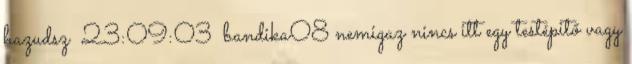
hazudsz 23:09:03 bandika08 nemigaz nincs itt egy testépitő vagy